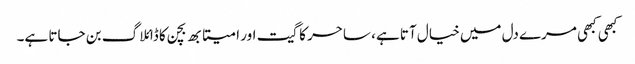
کبھی کبھی مرے دل میں خیال آتا ہے، ساحر کا گیت اور امیتابھ بچن کا ڈائلاگ بن جاتا ہے۔